Annual statistical returns and brief notes on vaccination in Bengal - 1909-1929
Year: 1909
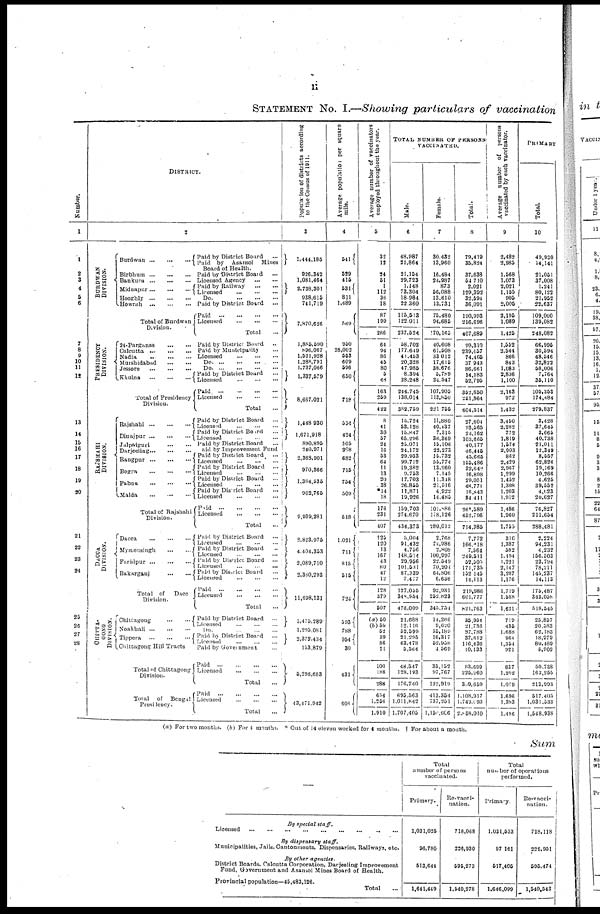
ii
STATEMENT No. I.—Showing particulars of vaccination
Number.
1
1
2
3
4
5
6
7
8
9
10
11
12
13
14
15
16
17
18
19
20
21
22
23
24
25
26
27
28
DISTRICT.
2
BURDWAN
DIVISION.
PRESIDENCY
DIVISION.
RAJSHAHI
DIVISION.
DACCA
DIVISION.
CHITTA-
GONG
DIVISION.
Burdwan
...
...
...
Birbhum ... ... ...
Bankura ... ... ...
Midnapur
...
...
...
Hooghly
...
...
...
Howrah
...
...
...
Total of Burdwan
Division.
24-Parganas ... ...
Calcutta ... ... ...
Nadia
...
...
...
Murshidabad ... ...
Jessore ... ...
Khulna
...
...
...
Total of Presidency
Division..
Rajshahi
...
...
...
Dinajpur
...
...
...
Jalpaiguri ... ... ...
Darjeeling ... ... ...
Rangpur
...
...
...
Bogra
...
...
...
Pabna
...
...
...
Malda
...
...
...
Total of Rajshahi
Division.
Dacca
...
...
...
Mymensingh
...
...
Faridpur
...
...
...
Bakarganj
...
...
Total of Dacca
Division.
Chittagong
...
...
Noakhali
...
...
...
Tippera
...
...
...
Chittagong Hill Tracts
Total of Chittagong
Division.
Total
of
Bengal
Presidency.
Paid by District Board
...
Paid by Asansol
Mines
Board of Health.
Paid by District Board ...
Licensed Agency
...
...
Paid by Railway ... ...
Licensed ... ... ...
Do.
...
...
...
Paid by District Board ...
Paid
...
...
...
...
Licensed ... ... ...
Total ...
Paid by District Board ...
Paid by Municipality ...
Licensed
...
...
...
D
o
. ... ... ... ...
D
o
. ... ... ...
Paid by District Board ...
Licensed
...
...
...
Paid
...
...
...
...
Licensed
...
...
...
Total ...
Paid by District Board ...
Licensed
...
...
...
Paid by District Board ...
Licensed
...
...
...
Paid by District Board ...
Paid by Improvement Fund
Paid by District Board ...
Licensed
...
...
...
Paid by District Board
...
Licensed
...
...
...
Paid by District Board ...
Licensed
...
...
...
Paid by Disrict Board ...
Licensed
...
...
...
Paid
...
...
...
...
Licensed
...
...
...
Total ...
Paid by District Board ...
Licensed
...
...
...
Paid by District Board ...
Licensed
...
...
...
Paid by District Board
...
Licensed
...
...
...
Paid by District Board ...
Licensed
...
...
...
Paid
...
...
...
...
Licensed
...
...
...
Total ...
Paid by District Board
...
Licensed
...
...
...
Do.
...
...
...
Paid by District Board ...
Licensed
...
...
...
Paid by Government ...
Paid
...
...
...
...
Licensed
...
...
...
Total ...
Paid
...
...
...
...
Licensed
...
...
...
Total ...
Population
of districts according
to the Census of 1911.
3
1,444,185
926,342
1,081,464
2,738,301
938,615
741,719
7,870,626
1,885,590
896,067
1,521,928
1,288,791
1,737,066
1,337,579
8,667,021
1,448 930
1,671,918
890,895
240,971
2,363,901
970,366
1,384,535
962,765
9,939,281
2,823,975
4,404,353
2,089,710
2,380,293
11,698,331
1,475,289
1,295,081
2,372,434
153,879
5,296,683
43,171,942
Average population per square
mile.
4
541
529
415
531
811
1,489
569
950
28,002
553
609
596
650
718
554
424
505
208
682
715
754
509
518
1,021
711
815
515
724
593
788
954
30
431
608
Average number of vaccinators
employed throughout the year.
5
32
12
34
51
1
112
36
18
87
199
286
64
94
86
46
80
5
48
163
259
422
8
41
30
57
24
16
53
64
11
13
20
38
14
18
176
231
407
†25
120
13
167
43
80
47
12
128
379
507
(a) 50
(b)50
52
39
86
11
100
188
288
654
1,256
1,910
TOTAL NUMBER OF PERSONS
VACCINATED.
Male.
6
48,987
21,864
21,154
29,723
1,148
73,304
18,984
22,360
115,513
122,011
237,524
58,702
177,649
41,453
20,328
47,986
8,394
28,248
244,745
138,014
382,759
15,724
53,128
15,847
65,296
25,071
24,172
29,933
99,712
19,382
9,753
17,703
26,855
11,871
19,926
159,703
274,670
434,373
5,004
91,432
4,756
148,514
29,956
101,531
87,339
7,477
127,055
348,954
476,009
21,688
12,116
52,599
21,295
63,478
5,564
48,547
128,193
176,740
695,563
1,011,842
1,707,405
Female.
7
30,432
13,960
16,484
24,987
873
56,088
13,610
13,731
75,480
94,685
70,165
40,608
61,608
33,012
17,615
38,676
5,789
24,547
107,905
113,850
221,755
11,880
40,437
7,315
38,369
15,106
22,273
15,732
55,774
13,260
7,145
11,348
21,916
4,922
14,485
101,886
178,126
280,012
2,768
74,986
2,808
100,997
22,549
70,204
64,806
6,636
92,931
252,823
345,751
14,266
9,620
35,189
16,317
52,958
4,569
35,152
97,767
132,919
413,354
737,261
1,150,606
Total.
8
79,419
35,824
37,638
54,710
2,021
129,392
32,591
36,091
190,993
216,696
407,689
99,310
239,457
74,465
37,943
86,661
14,183
52,795
352,650
251,864
604,514
27,604
93,565
24,162
103,665
40,177
46,445
45,665
155,486
32,642
16,898
29,051
48,771
16,843
34,411
261,589
452,796
714,385
7,772
166,418
7,564
249,511
52,505
171,735
152,145
14,113
219,986
601,777
821,763
25,954
21,736
87,788
37,612
116,436
10,133
83,699
225,960
309,659
1,108,917
1,749,093
2,858,010
Average number of persona
vaccinated by each vaccinator.
9
2,482
2,985
1,568
1,073
2,021
1,155
905
2,005
2,195
1,089
1,425
1,552
2,544
866
843
1,083
2,836
1,100
2,163
972
1,432
3,450
2,282
772
1,819
1,574
2,903
862
2,429
2,967
1,299
1,452
1,308
1,203
1,912
1,486
1,960
1,755
310
1,387
582
1,494
1,221
2,147
3,287
1,176
1,719
1,588
1,621
719
435
1,688
964
1,354
921
837
1,202
1,079
1,696
1,393
1,496
PRIMARY
10
49,930
14,141
21,051
37,008
1,241
80,122
21,952
22,637
109,000
139,082
248,082
66,995
30,594
48,546
32,822
58,006
7,764
35,110
105,353
174,484
279,837
3,428
37,645
3,665
40,738
21,011
12,349
8,557
62,826
19,169
10,266
4,625
39,552
4,023
20,627
76,827
211,654
288,481
2,224
94,231
4,232
156,503
23,794
78,211
145,237
14,113
175,487
343,058
518,545
25,857
20,583
62,183
18,979
80,489
5,902
50,738
163,255
213,993
517,405
1,031,533
1,548,938
(a) For two months. (b) For 4 months. * Out of 14 eleven worked for 4 months. † For about a month.
Sum
—
By special staff.
Licensed ... ... ... ... ... ... ... ... ... ...
By dispensary
staff.
Municipalities, Jails, Cantonments, Dispensaries, Railways, etc.
By other agencies.
District Boards, Calcutta Corporation, Darjeeling Improvement
Fund, Government and Asansol Mines Board of Health.
Provincial population—45,483,126.
Total ...
Total
number of persons
vaccinated.
Primary.
1,031,025
96,780
513,644
1,641,449
Re-vacci-
nation.
718,068
236,930
595,273
1,540,278
Total
number of operations
performed.
Primary.
1,031,533
97,161
517,405
1,646,099
Re-vacci-
nation.
718,118
226,951
595,474
1,540,543